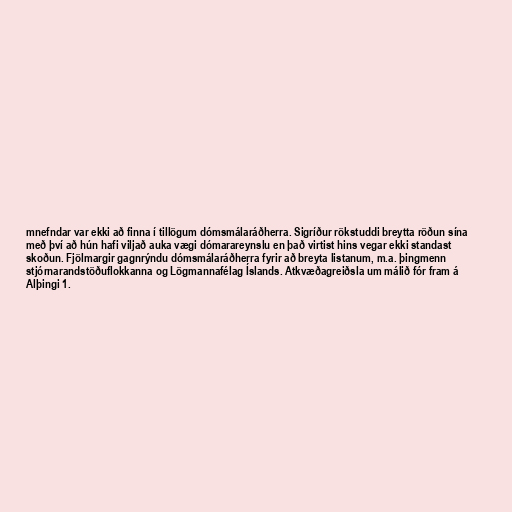
mnefndar var ekki að finna í tillögum dómsmálaráðherra. Sigríður rök­studdi breytta röðun sína
með því að hún hafi viljað auka vægi dóm­ara­reynslu en það virtist hins vegar ekki standast
skoðun. Fjölmargir gagnrýndu dómsmálaráðherra fyrir að breyta listanum, m.a. þingmenn
stjórnarandstöðuflokkanna og Lögmannafélag Íslands. Atkvæðagreiðsla um málið fór fram á
Alþingi 1.